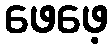
ဖေဖေ့